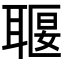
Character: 𦖧